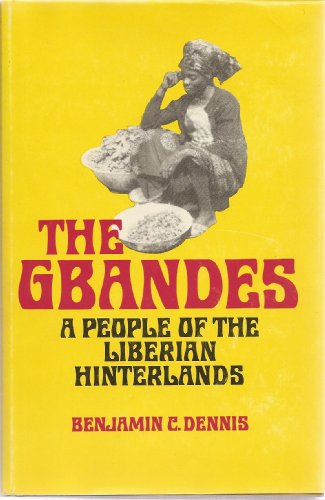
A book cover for The Gbandes: A People of the Liberian Hinterland (Professional-technical series); Benjamin D. Dennis; Travel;